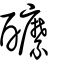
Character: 醿